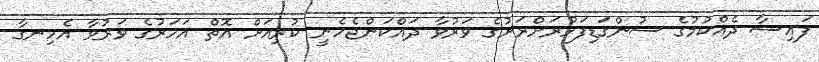
ފައިސާ ދެއްކުމުގެ ސުންގަޑިފަޅުރަށްރަށުގެ ވަރުވާ ދައްކަންޖެހެނީ ކުރިއަށް އޮތް އަހަރުގެ ވަރުވާ އެހިނގާ